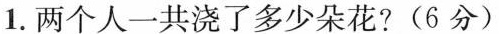
1.两个人一共浇了多少朵花?(6分)